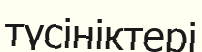
түсініктері